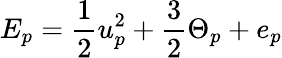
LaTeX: E_{p}=\frac{1}{2}u_{p}^{2}+\frac{3}{2}\Theta_{p}+e_{p}